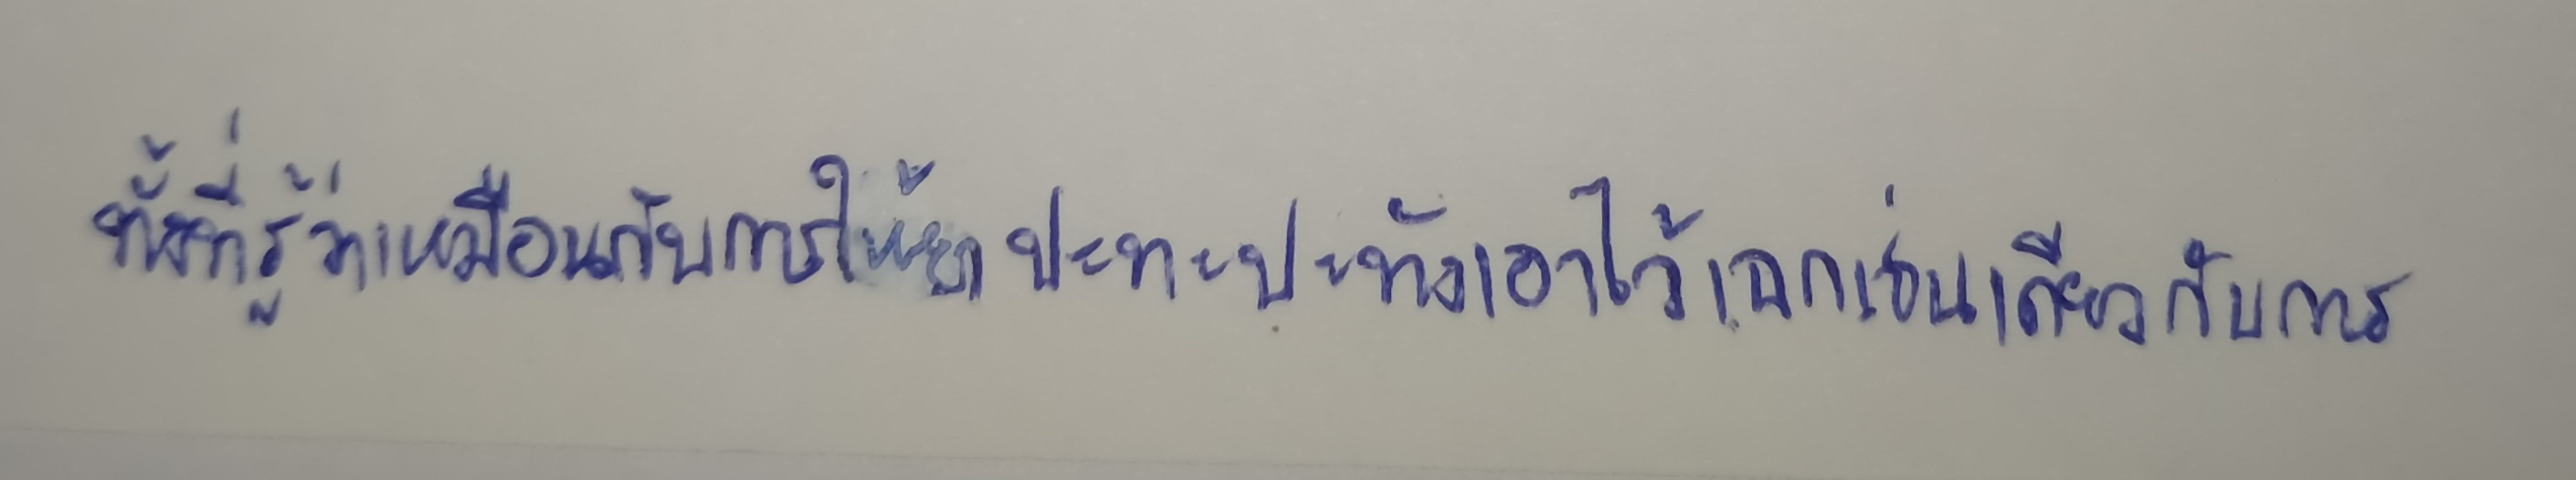
ทั้งที่รู้ว่าเหมือนกับเป็นการให้ยาปะทะปะทังเอาไว้เฉกเช่นเดียวกับการ